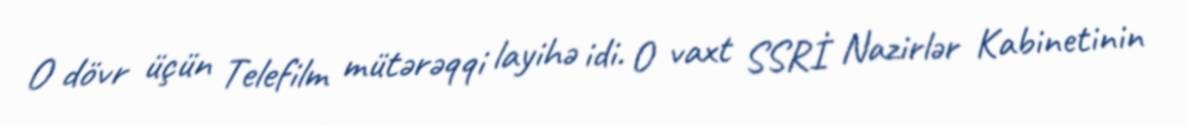
O dövr üçün Telefilm mütərəqqi layihə idi. O vaxt SSRİ Nazirlər Kabinetinin